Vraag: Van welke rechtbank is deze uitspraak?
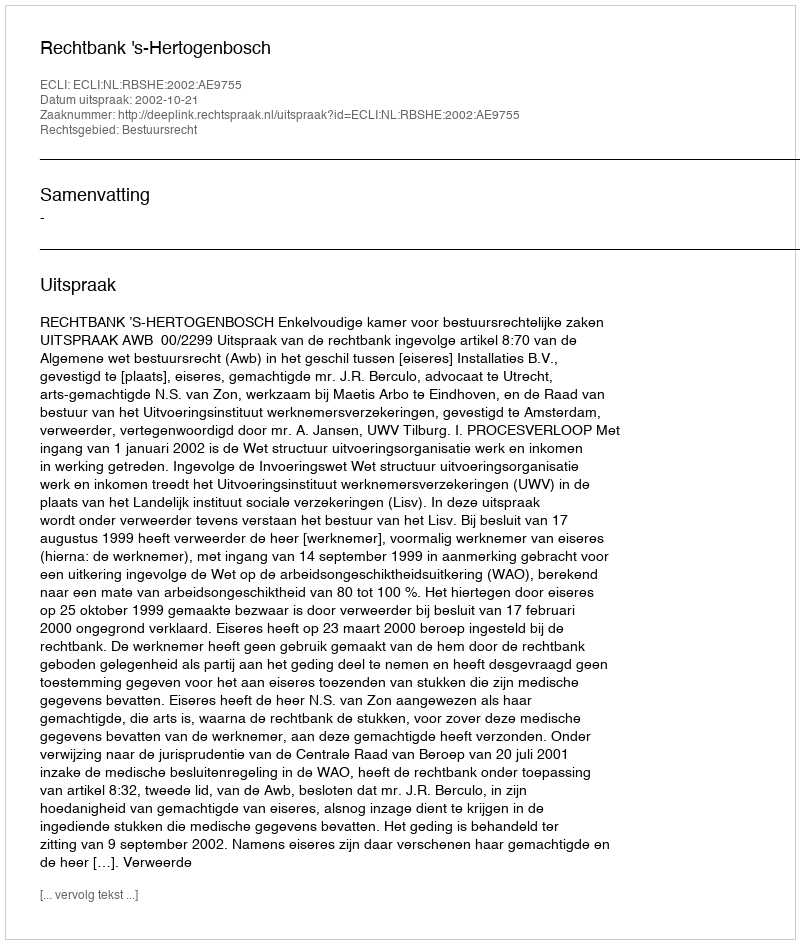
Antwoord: Rechtbank 's-Hertogenbosch